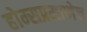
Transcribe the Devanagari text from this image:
होम्सप्रमाणेच